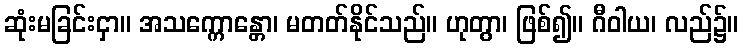
ဆုံးမခြင်းငှာ။ အသက္ကောန္တော၊ မတတ်နိုင်သည်။ ဟုတွာ၊ ဖြစ်၍။ ဂီဝါယ၊ လည်၌။